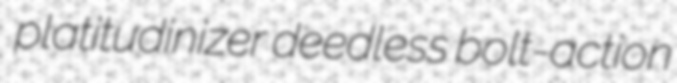
platitudinizer deedless bolt-action